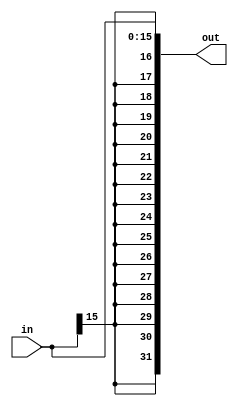
module SignExtend(in, out);

input wire [15:0] in;

output wire [31:0] out;

assign out = { { 16{in[15]} }, in[15:0] };

endmodule